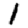
Digit: 1